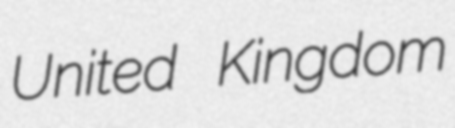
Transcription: United Kingdom